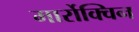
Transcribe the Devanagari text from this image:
मार्रोक्विन